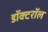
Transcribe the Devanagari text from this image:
डॉक्टरॉल